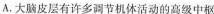
A.大脑皮层有许多调节机体活动的高级中枢